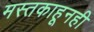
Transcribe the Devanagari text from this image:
मस्तकाहूनही